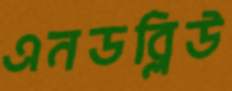
এনডব্লিউ